Martna_vallavalitsus, lk 19
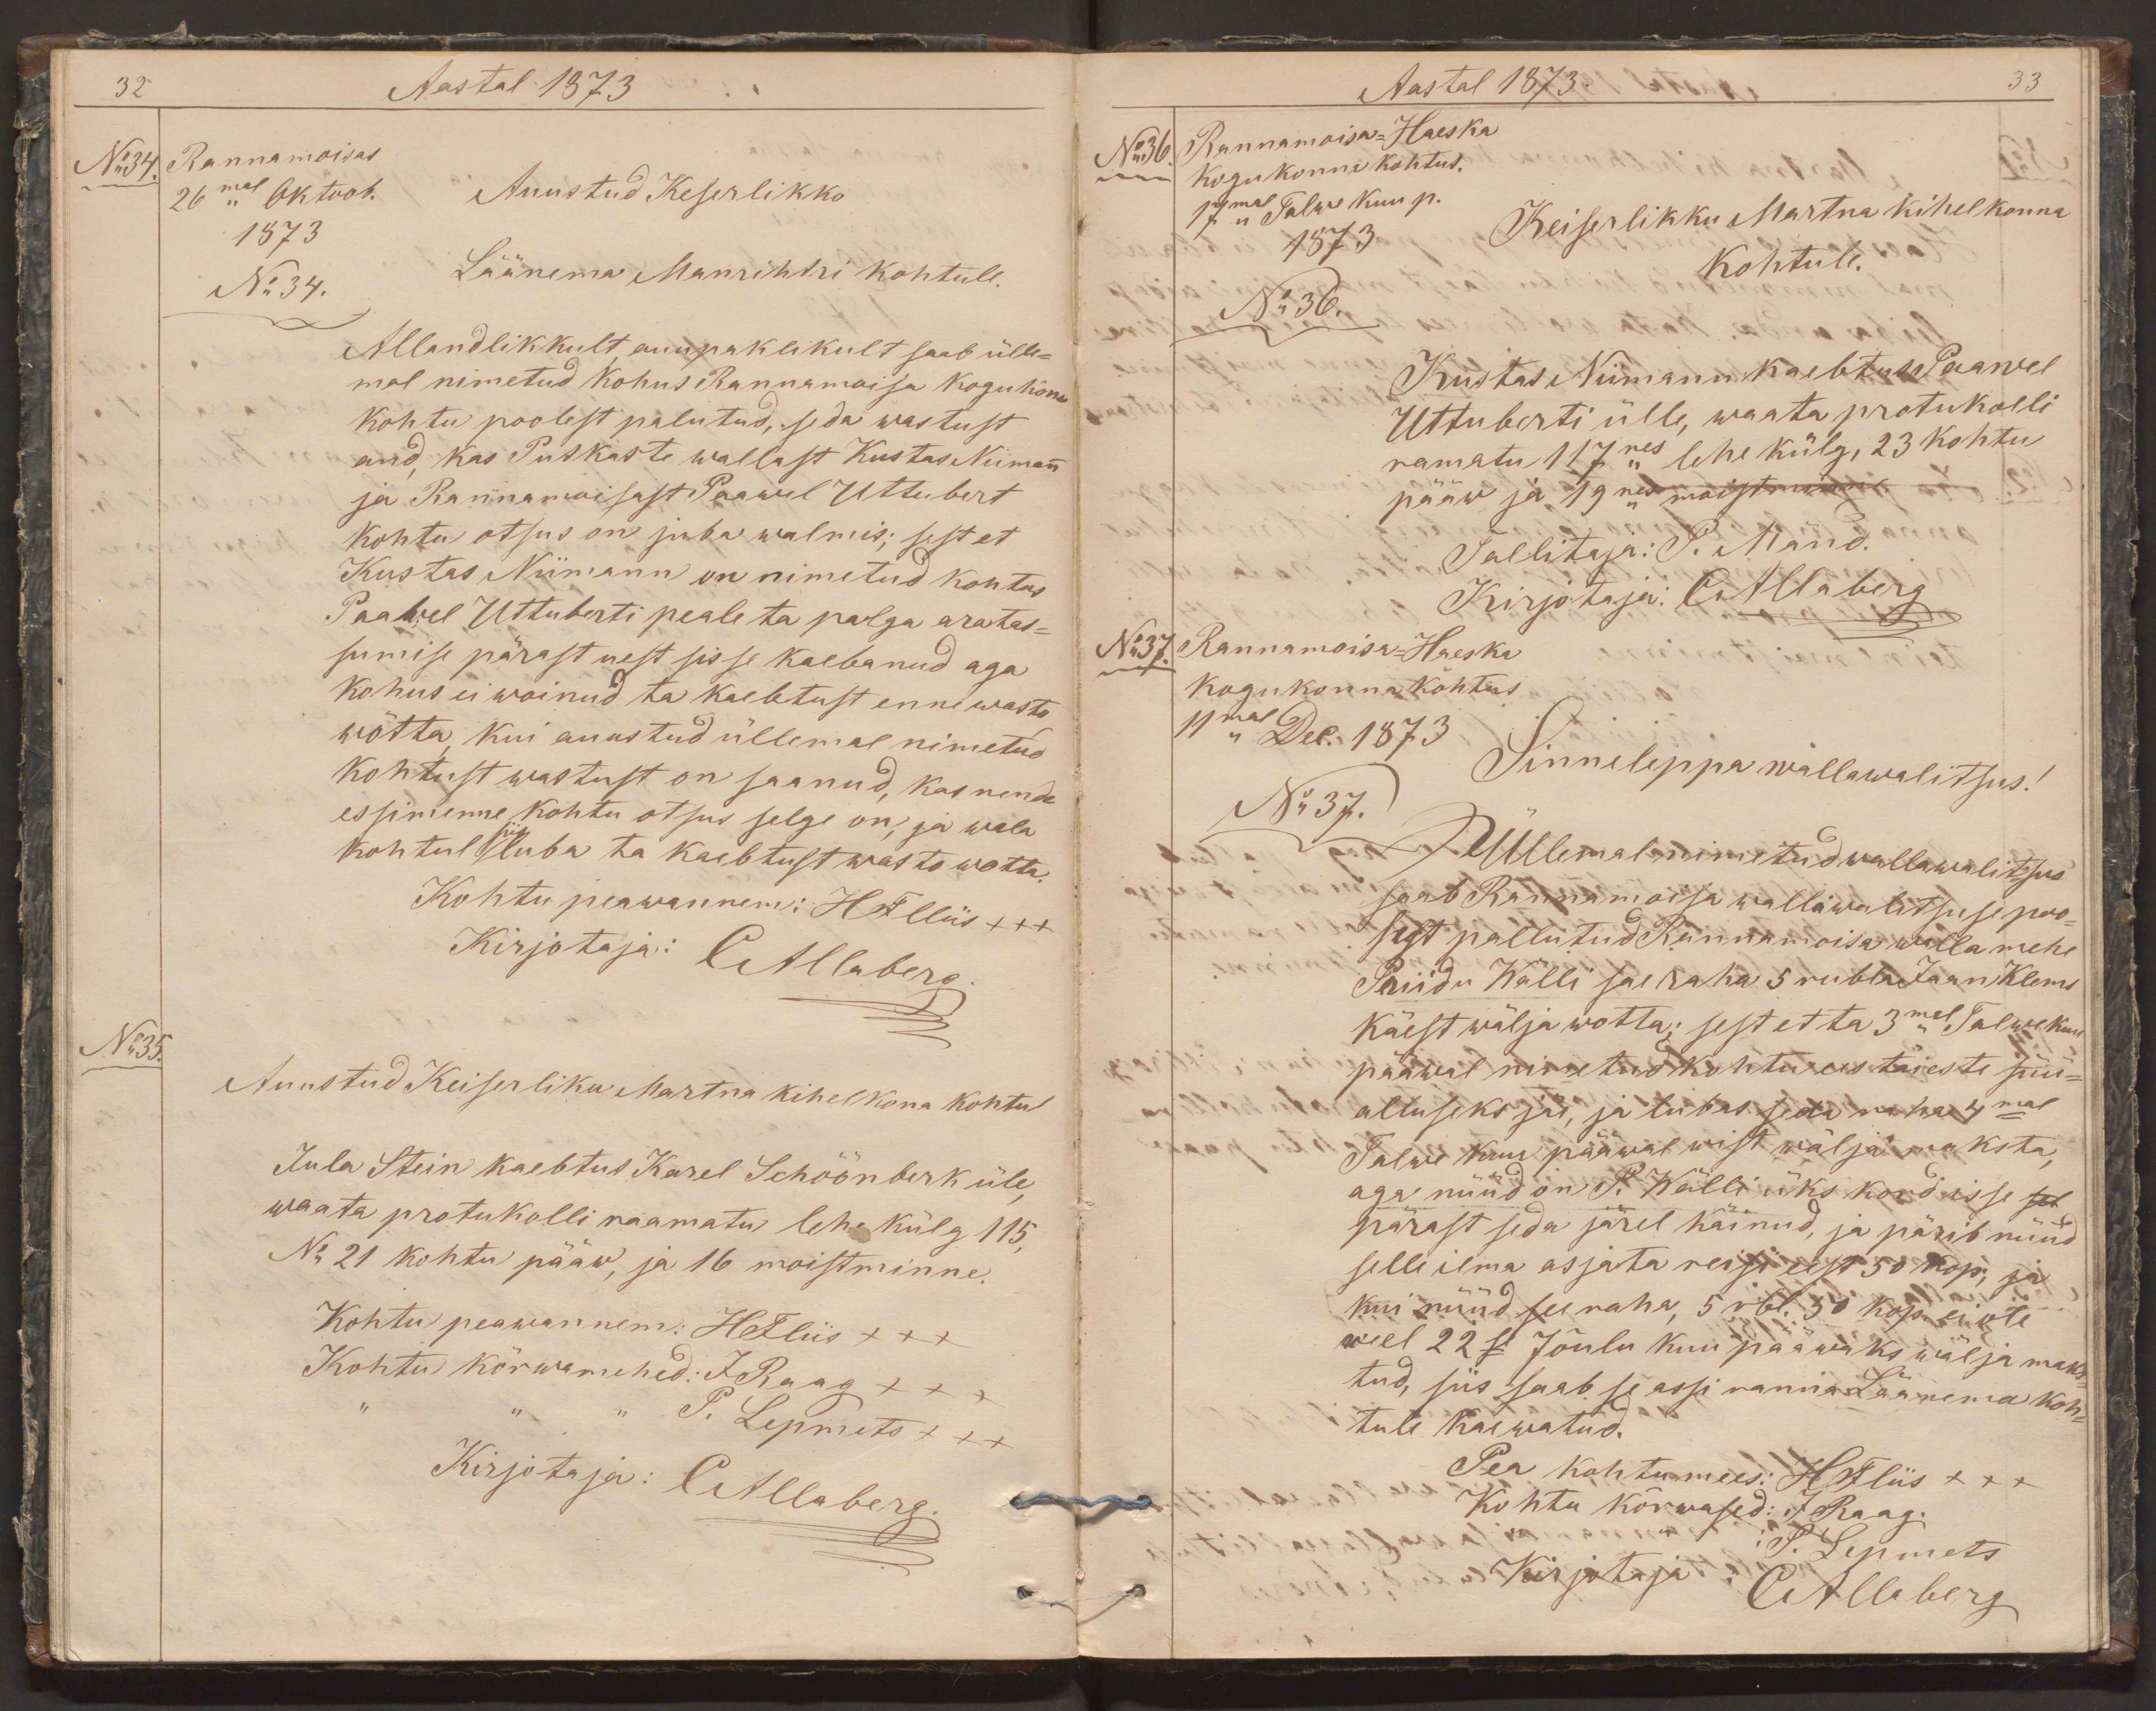
32
Aastal 1873
No34.
Rannamoisas
26mal Oktoob.
Auustud Keserlikko
1873
No 34.
Läänema Manrihtri kohtule.
Allandlikkult auupaklikult saab ülle-
mal nimetud kohus Rannamoisa kogukona
kohtu poolest palutud, seda wastust
and, kas Putkaste wallast Kustas Niimann
ja Rannamoisast Paawel Uttubert
kohtu otsus on juba walmis; sest et
Kustas Niimann on nimetud kohtus
Paawel Uttuberti peale ta palga aratas-
sumise pärast uest sisse kaebanud aga
kohus ei woinud ta kaebtust enne wasto
wõtta, kui auustud üllemal nimetud
kohtust wastust on saanud, kas nende
essimenne kohtu otsus selge on, ja wala
kohtul siis luba ta kaibtust wasto wotta.
Kohtu peawannem: HFlliis xxx
Kirjotaja: CAllaberg.
No35.
Auustud Keiserliku Martna kihelkona kohtul
Jula Stein kaebtus Karel Schöönberk üle,
waata protukolli raamatu lehe külg 115,
No 21 kohtu pääw, ja 16 moistminne.
Kohtu peawannem: HFliis xxx
Kohtu kõrwamehed: J. Raag xxx
" " " P. Lepmets xxx
Kirjotaja: CAllaberg.

Aastal 1873.
33
Rannamoisa-Haeska
No36.
kogukonna kohtus.
17mal Talwe kuu p.
1873
Keiserlikku Martna kihelkonna
kohtule.
No 36.
Kustas Niimann kaebtus Paawel
Uttuberti ülle, waata protukolli
ramatu 117nes lehe külg 23 kohtu
pääw ja 19nes moistminne
Tallitaja: P. Mänd.
Kirjotaja: CAllaberg
No37.
Rannamoisa-Haeska
kogukonna kohtus
11mal Dec. 1873
Sinneleppa wallawalitsus!
No 37.
Üllemal nimetud wallawalitsus
saab Rannamoisa wallawalitsuse poo-
lest pallutud Rannamoisa walla mehe
Priidu Wälli sai raha 5 rubla Jaan Klems
käest wälja wotta; sest et ta 3mal Talwekuu
pääwal nimetud kohtu ees täieste süü-
alluseks jäi, ja lubas seda raha 4mal
Talwe kuu pääwal wist wälja maksta,
aga nüüd on P. Wälli üks kord isse sel
pärast seda järel käinud, ja pärib nüüd
selle ilma asjata reisi eest 50 kop, ja
kui nüüd see raha 5 rbl. 50 kop. ei ole
weel 22se Jõulu kuu pääwaks wälja maks
tud, siis saab se assi ranna Läärema koh-
tule kaewatud.
Pea kohtumees: HFliis xxx
Kohtu kõrwased: J. Raag.
P. Lepmets.
Kirjotaja: CAllaberg